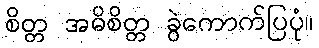
စိတ္တ အဓိစိတ္တ ခွဲကောက်ပြပုံ။